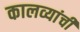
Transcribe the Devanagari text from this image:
कालव्यांची